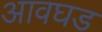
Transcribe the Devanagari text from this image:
आवघड